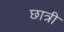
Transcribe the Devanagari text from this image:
छात्री